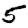
Digit: 5